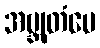
အဗ္ဘုတံပေ